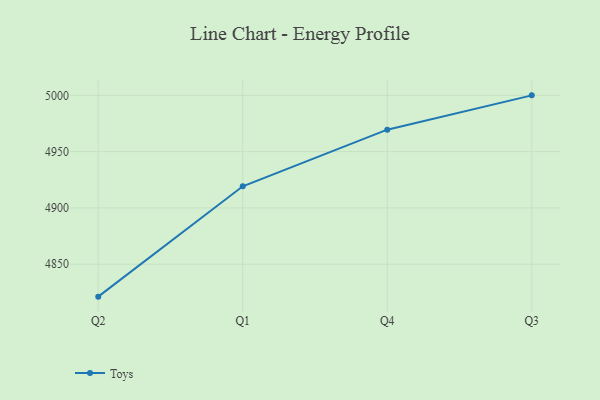
{"axis": {"x": "Quarter", "y": "Inventory Turnover"}, "legend": ["Toys"], "data": [{"x": "Q2", "y": 4821.2, "type": "Toys"}, {"x": "Q1", "y": 4919.2, "type": "Toys"}, {"x": "Q4", "y": 4969.5, "type": "Toys"}, {"x": "Q3", "y": 5000, "type": "Toys"}]}